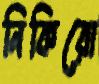
নিকিরো